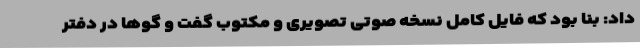
داد: بنا بود که فایل کامل نسخه صوتی تصویری و مکتوب گفت و گوها در دفتر